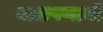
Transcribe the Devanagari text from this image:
बाळपणाची